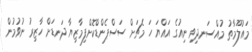
މައުލޫމާތު މުއްސަނދިވި ނިއުގެ އައްޔަ ހަ މެޗަށް ސަސްޕެންޑްކޮށްފިމާޒިޔާ ދަނޑަށް ހާޒިރު ނުވުމުން